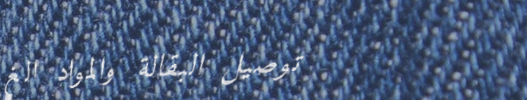
توصيل البقالة والمواد الغ